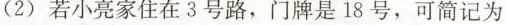
(2)若小亮家住在3号路，门牌是18号，可简记为